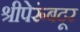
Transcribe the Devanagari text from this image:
श्रीपेरूंबदूर